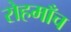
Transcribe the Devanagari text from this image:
रोहमाँच